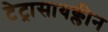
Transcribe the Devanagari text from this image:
टेट्रासायक्लीन